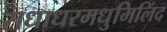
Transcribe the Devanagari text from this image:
राधाधरमधुमिलिंद